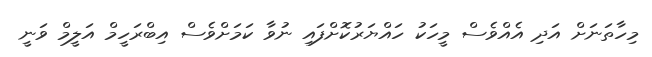
މިހާތަނަށް އަދި އެއްވެސް މީހަކު ހައްޔަރުކޮށްފައި ނުވާ ކަަމަށްވެސް އިބްރަހީމް އަލީމް ވަނީ